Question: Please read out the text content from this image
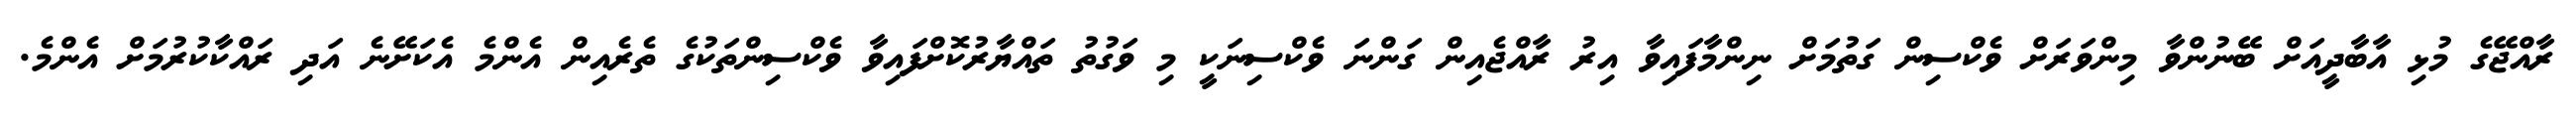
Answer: ރާއްޖޭގެ މުޅި އާބާދީއަށް ބޭނުންވާ މިންވަރަށް ވެކްސިން ގަތުމަށް ނިންމާފައިވާ އިރު ރާއްޖެއިން ގަންނަ ވެކްސިނަކީ މި ވަގުތު ތައްޔާރުކޮށްފައިވާ ވެކްސިންތަކުގެ ތެރެއިން އެންމެ އެކަށޭނެ އަދި ރައްކާކުރުމަށް އެންމެ.